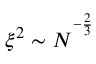
\xi ^ { 2 } \sim N ^ { ^ { - \frac { 2 } { 3 } } }